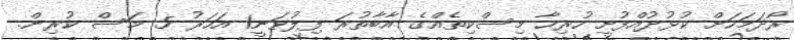
ރޯދަމަހަށް ކުޅުދުއްފުށީ ހުރިހާ މިސްކިތެއްގެ އާބާތުރަ ފިލުވަނީ1 އަހަރު 5 މަސް ކުރިން.